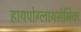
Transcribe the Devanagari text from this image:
हायपोग्लायसेमिक